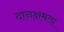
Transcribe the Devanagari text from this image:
दानक्षमता